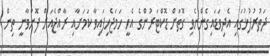
ދަތުރުފުޅުގައި އެދިވަޑައިގެންނެވި ގޮތަށް ޑޮކްޓަރުންގެ އެހީ ހަމަޖެހިފައިވާ ކަމަށާއި ރާއްޖެއަށް ފޮނުވާނީ ތިން